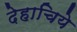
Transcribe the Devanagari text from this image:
देहाचिये